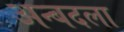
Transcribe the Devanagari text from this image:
अन्बदला